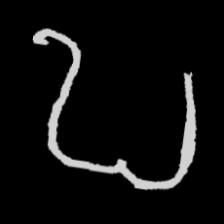
Pyu character \u2014 Myanmar letter: ဎ (romanized: ddha)